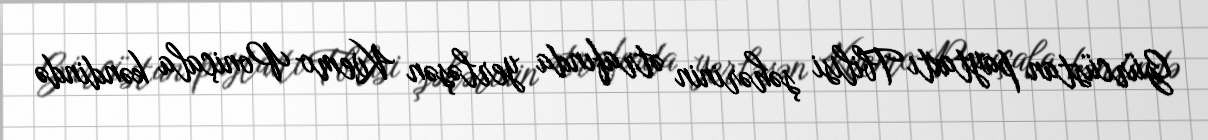
Gürcüstan paytaxtı Tbilisi şəhərinin ətrafında yerləşən Kvemo Poniçala kəndində